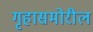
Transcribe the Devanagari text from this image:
गृहासमोरील